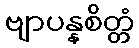
ဗျာပန္နစိတ္တံ